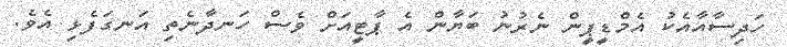
ހަދިސާއާއެކު އެމްޑީޕީން ނެރުނު ބަޔާން އެ ޕާޓީއަށް ވެސް ހަނދާނެތި އަނގަފެޅި އެވެ.